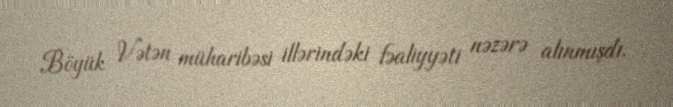
Böyük Vətən müharibəsi illərindəki fəaliyyəti nəzərə alınmışdı.